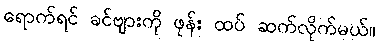
ရောက်ရင် ခင်ဗျားကို ဖုန်း ထပ် ဆက်လိုက်မယ်။